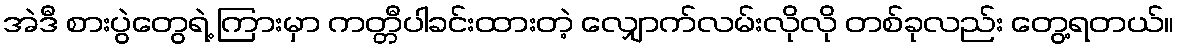
အဲဒီ စားပွဲတွေရဲ့ ကြားမှာ ကတ္တီပါခင်းထားတဲ့ လျှောက်လမ်းလိုလို တစ်ခုလည်း တွေ့ရတယ်။